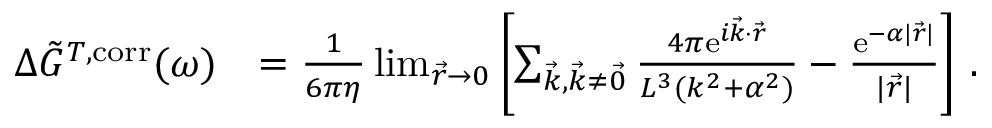
\begin{array} { r l } { \Delta \Tilde { G } ^ { T , \mathrm { c o r r } } ( \omega ) } & { = \frac { 1 } { 6 \pi \eta } \operatorname* { l i m } _ { \vec { r } \to 0 } \left[ \sum _ { \vec { k } , \vec { k } \neq \vec { 0 } } \frac { 4 \pi \mathrm { e } ^ { i \vec { k } \cdot \vec { r } } } { L ^ { 3 } ( k ^ { 2 } + \alpha ^ { 2 } ) } - \frac { \mathrm { e } ^ { - \alpha \vert \vec { r } \vert } } { \vert \vec { r } \vert } \right] \, . } \end{array}